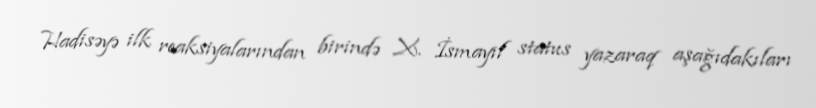
Hadisəyə ilk reaksiyalarından birində X. İsmayıl status yazaraq aşağıdakıları